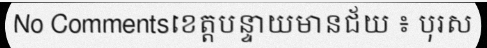
No Commentsខេត្តបន្ទាយមានជ័យ ៖ បុរស